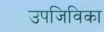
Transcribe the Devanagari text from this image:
उपजिविका